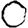
Digit: 0